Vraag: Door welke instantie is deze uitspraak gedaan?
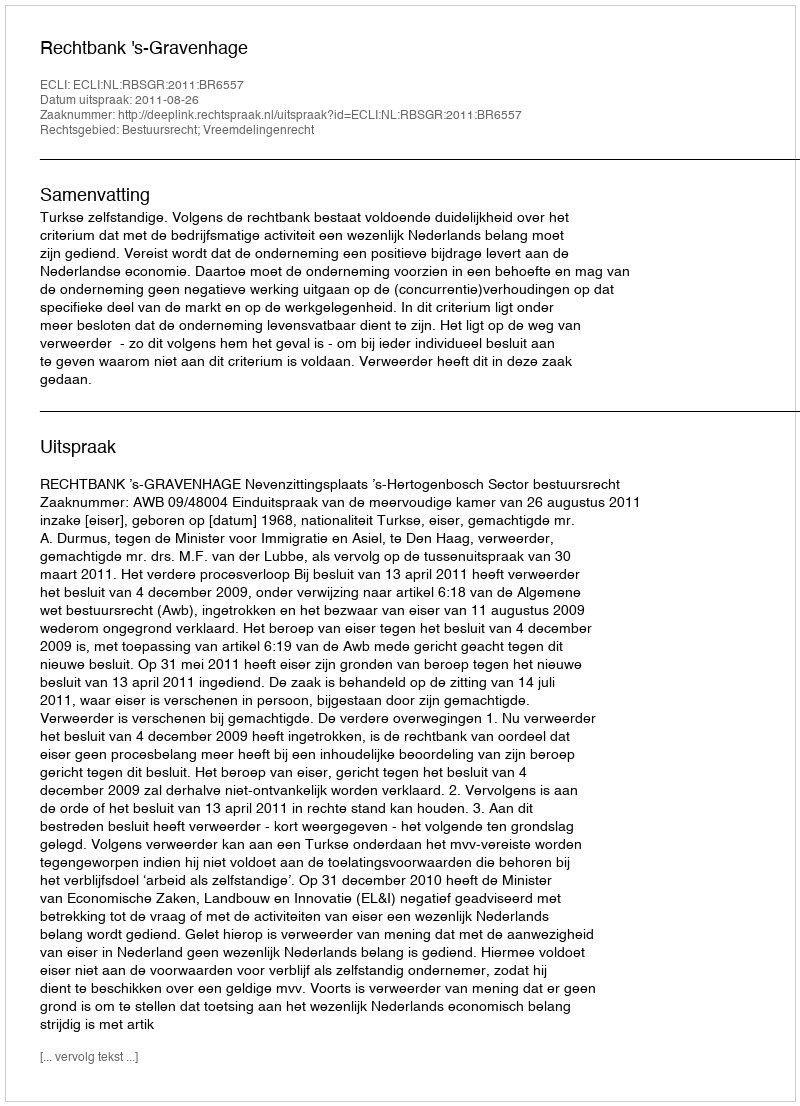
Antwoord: Rechtbank 's-Gravenhage